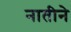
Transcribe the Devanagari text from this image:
नातीने